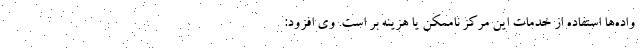
واده‌ها استفاده از خدمات این مرکز ناممکن یا هزینه بر است. وی افزود: